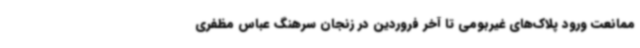
ممانعت ورود پلاک‌های غیربومی تا آخر فروردین در زنجان سرهنگ عباس مظفری